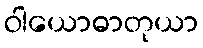
ဝါယောဓာတုယာ